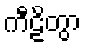
ကီဠိတွာ